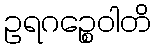
ဥရဂဉ္စေဝါတိ